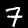
Label: 7